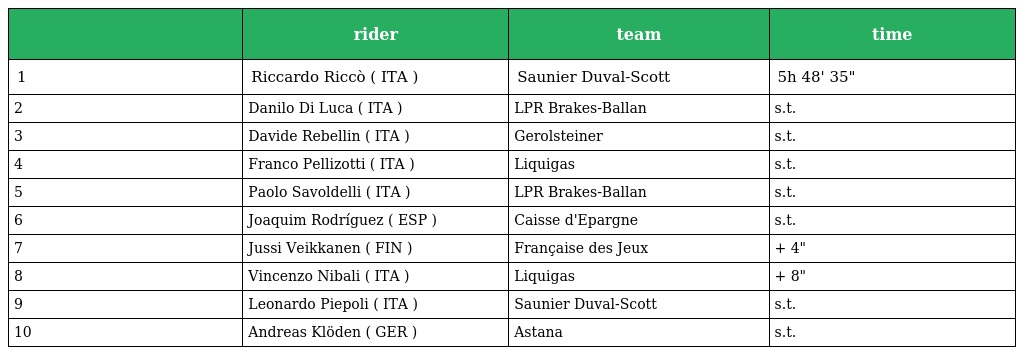
|  | rider | team | time |
 | --- | --- | --- | --- |
 | 1 | Riccardo Riccò ( ITA ) | Saunier Duval-Scott | 5h 48' 35" |
 | 2 | Danilo Di Luca ( ITA ) | LPR Brakes-Ballan | s.t. |
 | 3 | Davide Rebellin ( ITA ) | Gerolsteiner | s.t. |
 | 4 | Franco Pellizotti ( ITA ) | Liquigas | s.t. |
 | 5 | Paolo Savoldelli ( ITA ) | LPR Brakes-Ballan | s.t. |
 | 6 | Joaquim Rodríguez ( ESP ) | Caisse d'Epargne | s.t. |
 | 7 | Jussi Veikkanen ( FIN ) | Française des Jeux | + 4" |
 | 8 | Vincenzo Nibali ( ITA ) | Liquigas | + 8" |
 | 9 | Leonardo Piepoli ( ITA ) | Saunier Duval-Scott | s.t. |
 | 10 | Andreas Klöden ( GER ) | Astana | s.t. |